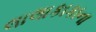
લાલાકાકાના